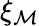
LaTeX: \xi_{\mathcal{M}}